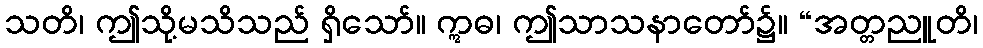
သတိ၊ ဤသို့မသိသည် ရှိသော်။ ဣဓ၊ ဤသာသနာတော်၌။ “အတ္တညူတိ၊